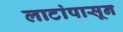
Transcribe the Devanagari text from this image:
लाटांपासून